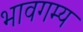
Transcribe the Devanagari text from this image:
भावगम्य